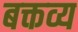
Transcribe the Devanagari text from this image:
बक्तव्य